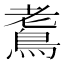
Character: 𪀧